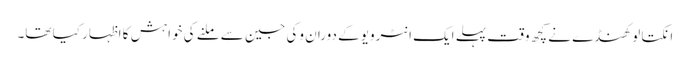
انکتا لوکھنڈے نے کچھ وقت پہلے ایک انٹرویو کے دوران وکی جین سے ملنے کی خواہش کا اظہار کیا تھا۔